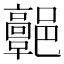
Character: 𩫩